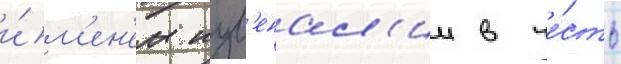
и́м'ен'ем иув'енал'ии в че́сть